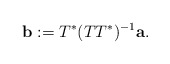
\begin{align*}{\bf b}:=T^*(TT^*)^{-1}{\bf a}.\end{align*}